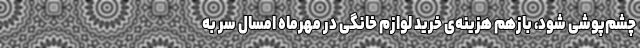
چشم‌پوشی شود، بازهم هزینه‌ی خرید لوازم خانگی در مهرماه امسال سر به